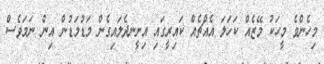
މިހެންވެ މީހަކު މޭޒެއް ކަހަލަ އެއްޗެއް ކައިރީގައި އިށީނދެލައިގެން މަޑުމަޑުން އިން ނަމަވެސް